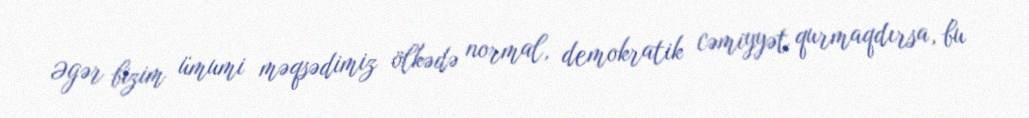
Əgər bizim ümumi məqsədimiz ölkədə normal, demokratik cəmiyyət qurmaqdırsa, bu